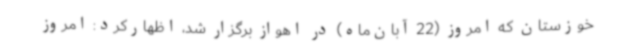
خوزستان که امروز (22 آبان‌ماه) در اهواز برگزار شد، اظهارکرد: امروز